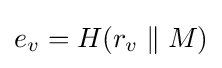
e_{v}=H(r_{v}\parallel M)